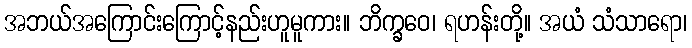
အဘယ်အကြောင်းကြောင့်နည်းဟူမူကား။ ဘိက္ခဝေ၊ ရဟန်းတို့။ အယံ သံသာရော၊